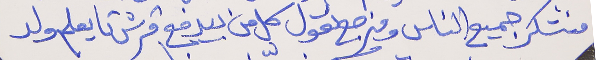
منشكر جميع الناس ومنرجع نقول  كل من بيدفع قرش تا يعلم ولد